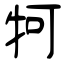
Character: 牱